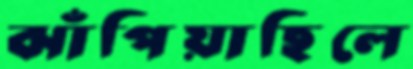
ঝাঁপিয়াছিলে